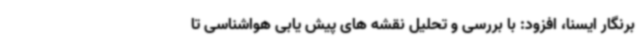
برنگار ایسنا، افزود: با بررسی و تحلیل نقشه های پیش یابی هواشناسی تا